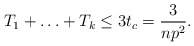
\begin{align*} T_1+ \ldots +T_k \leq 3t_c=\frac{3}{np^2}.\end{align*}